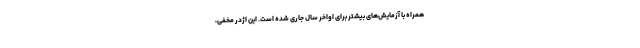
همراه با آزمایش‌های بیشتر برای اواخر سال جاری شده است. این اژدر مخفی،